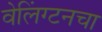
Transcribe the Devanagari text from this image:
वेलिंग्टनचा